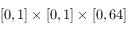
[ 0 , 1 ] \times [ 0 , 1 ] \times [ 0 , 6 4 ]